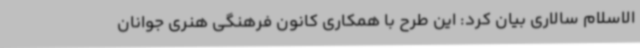
الاسلام سالاری بیان کرد: این طرح با همکاری کانون فرهنگی هنری جوانان